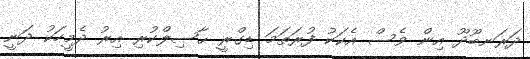
ދަރަނބޫދޫ އިން ވެސް އެކަކު ފުރަތަމަ ޑިގްރީ ޙާޞިލްކުރި އިރު ދެމީހަކު ދަނީ